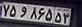
۷۵و۸۶۵۵۳